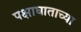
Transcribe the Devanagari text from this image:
पक्षाघाताच्या